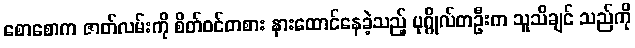
စောစောက ဇာတ်လမ်းကို စိတ်ဝင်တစား နားထောင်နေခဲ့သည့် ပုဂ္ဂိုလ်တဦးက သူသိချင် သည်ကို